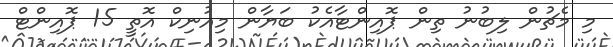
މި މެޗުން ލިބުނު ތިން ޕޮއިންޓާއެކު ބަޔާން މިއުނިކް އޮތީ 15 ޕޮއިންޓް